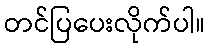
တင်ပြပေးလိုက်ပါ။